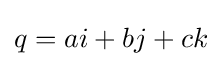
q=ai+bj+ck